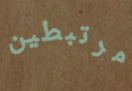
مرتبطين